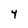
Character: 4